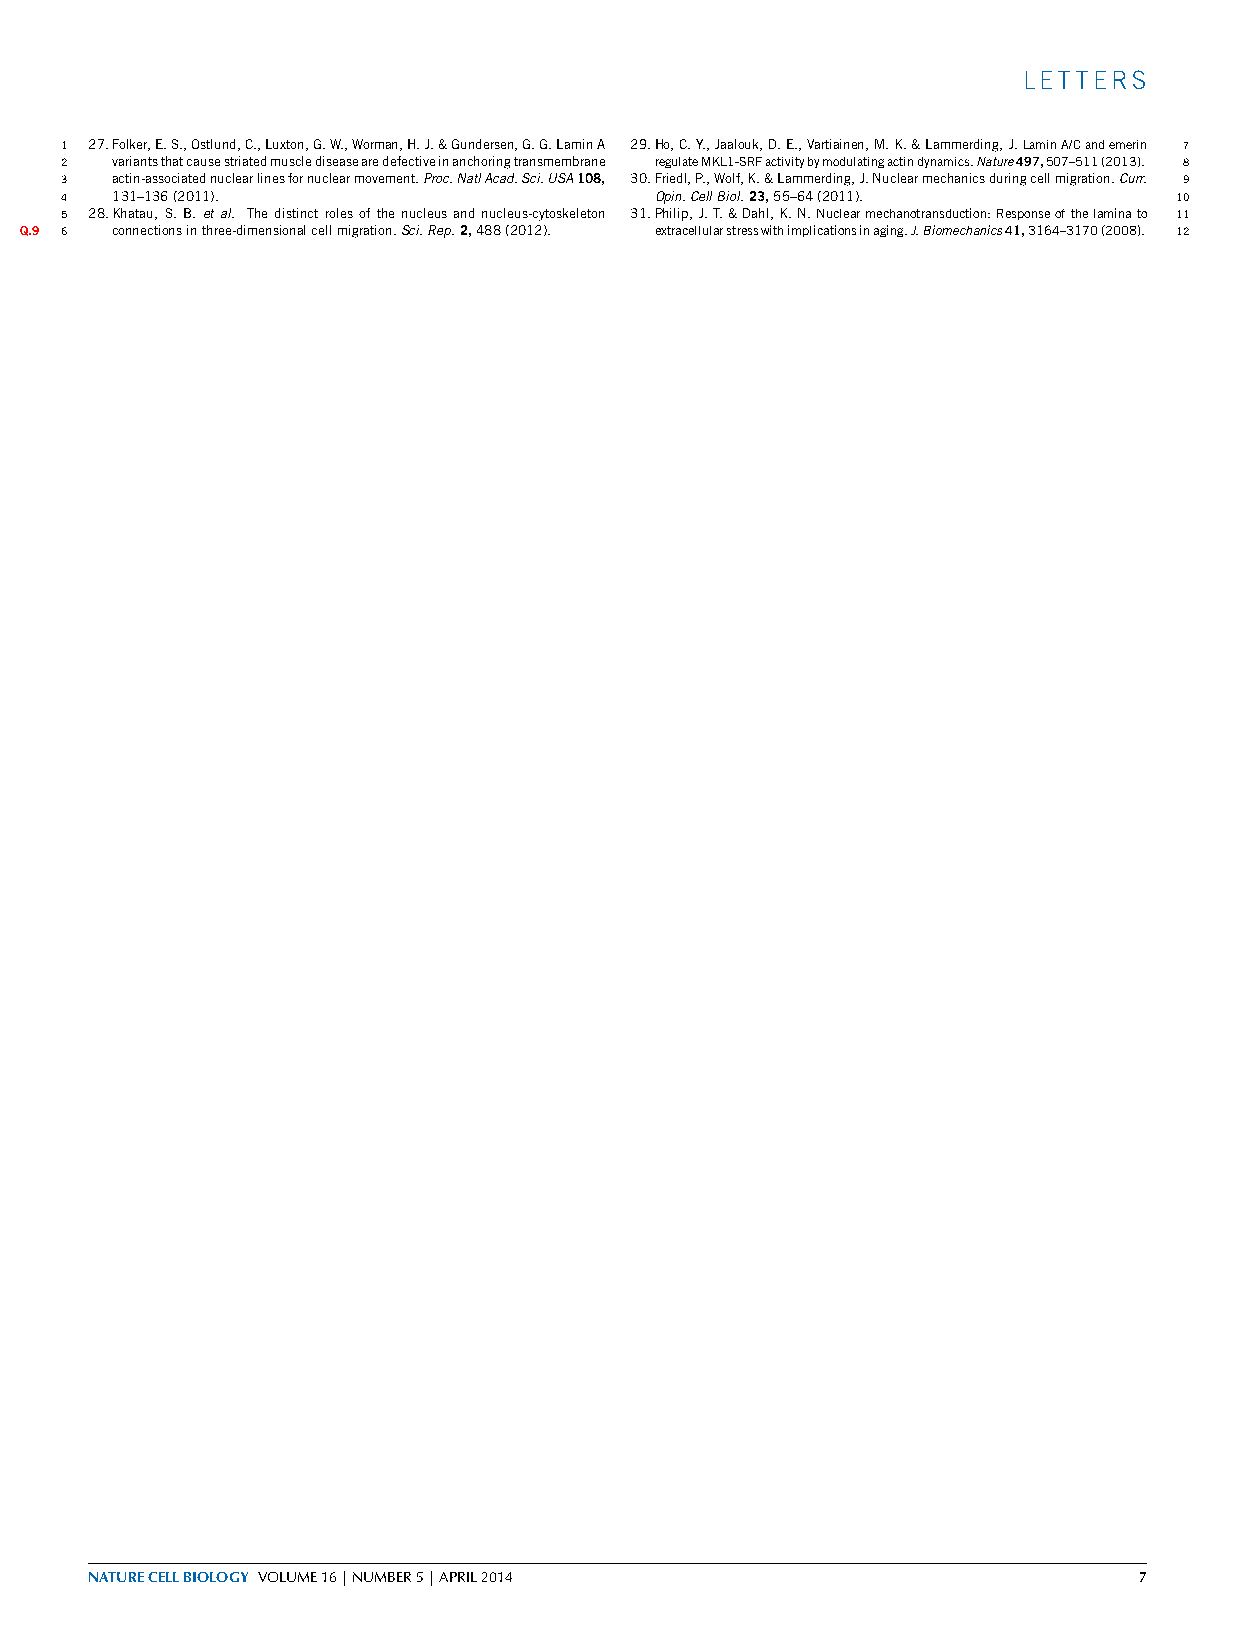
LETTERS
 1 27.Folker,E.S.,Ostlund,C.,Luxton,G.W.,Worman,H.J.&Gundersen,G.G.LaminA 29.Ho,C.Y.,Jaalouk,D.E.,Vartiainen,M.K.&Lammerding,J.LaminA/Candemerin 7
 2  variantsthatcausestriatedmusclediseasearedefectiveinanchoringtransmembrane regulateMKL1-SRFactivitybymodulatingactindynamics.Nature497,507–511(2013). 8
 3  actin-associatednuclearlinesfornuclearmovement.Proc.NatlAcad.Sci.USA108, 30.Friedl,P.,Wolf,K.&Lammerding,J.Nuclearmechanicsduringcellmigration.Curr. 9
 4  131–136(2011).                      Opin.CellBiol.23,55–64(2011).      10
 5 28.Khatau,S.B. etal. Thedistinctrolesofthenucleusandnucleus-cytoskeleton 31.Philip,J.T.&Dahl,K.N.Nuclearmechanotransduction:Responseofthelaminato 11
 Q.9 6 connectionsinthree-dimensionalcellmigration.Sci.Rep.2,488(2012). extracellularstresswithimplicationsinaging.J.Biomechanics41,3164–3170(2008). 12
 NATURECELLBIOLOGY VOLUME16|NUMBER5|APRIL2014                         7